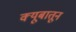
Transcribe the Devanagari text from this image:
क्यूबातून